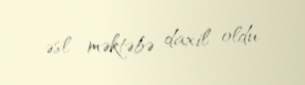
əsl məktəbə daxil oldu.